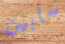
سابين